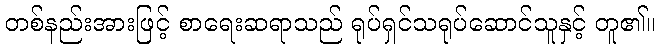
တစ်နည်းအားဖြင့် စာရေးဆရာသည် ရုပ်ရှင်သရုပ်ဆောင်သူနှင့် တူ၏။